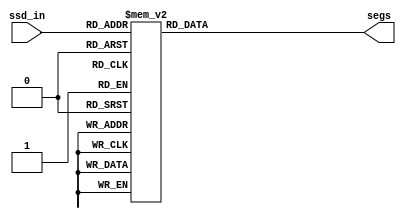
`define SS_0 8'b00000011
`define SS_1 8'b10011111
`define SS_2 8'b00100101
`define SS_3 8'b00001101
`define SS_4 8'b10011001
`define SS_5 8'b01001001
`define SS_6 8'b01000001
`define SS_7 8'b00011111
`define SS_8 8'b00000001
`define SS_9 8'b00001001

module SSDdisplay(
    input [3:0] ssd_in,
    output reg [7:0] segs
);

always @* begin
    case (ssd_in)
        4'd0: begin
            segs = `SS_0;
        end
        4'd1: begin
            segs = `SS_1;
        end
        4'd2: begin
            segs = `SS_2;
        end
        4'd3: begin
            segs = `SS_3;
        end
        4'd4: begin
            segs = `SS_4;
        end
        4'd5: begin
            segs = `SS_5;
        end
        4'd6: begin
            segs = `SS_6;
        end
        4'd7: begin
            segs = `SS_7;
        end
        4'd8: begin
            segs = `SS_8;
        end
        4'd9: begin
            segs = `SS_9;
        end
        default: segs = 8'b0000000;
    endcase
end
endmodule